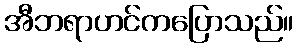
အီဘရာဟင်ကပြောသည်။